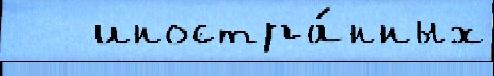
   иностра́нных